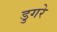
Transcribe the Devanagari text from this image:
डुगरे